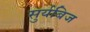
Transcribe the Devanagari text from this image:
सुर्यबिज